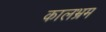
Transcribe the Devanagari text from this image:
कालभ्रम